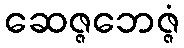
ဆေဇ္ဇဘေဇ္ဇံ